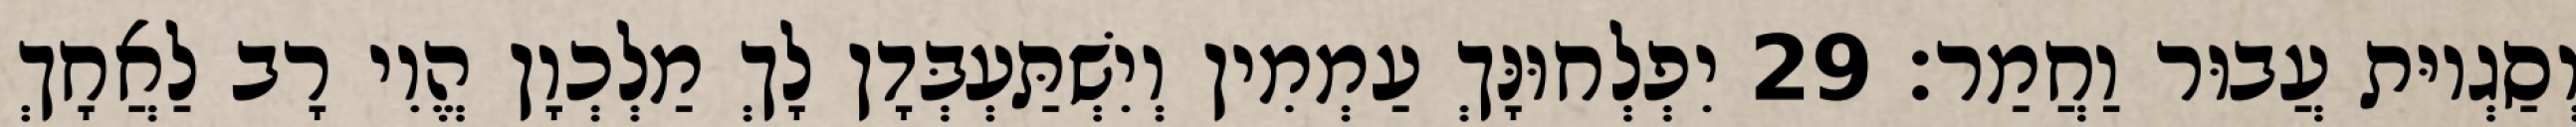
וְסַגְיוּת עֲבוּר וַחֲמַר׃ 29 יִפְלְחוּנָּךְ עַמְמִין וְיִשְׁתַּעְבְּדָן לָךְ מַלְכְוָן הֱוִי רָב לַאֲחָךְ